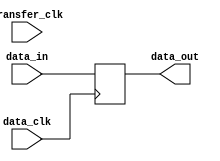
module timing_control_and_sync(
    input wire data_clk,
    input wire transfer_clk,
    input wire [7:0] data_in,
    output reg [7:0] data_out
);

// Synchronization block
always @(posedge data_clk) begin
    // Synchronize data input to transfer clock domain
    data_out <= data_in;
end

// Timing control block
always @(posedge transfer_clk) begin
    // Manage timing of data transfer operations
    // Additional logic can be added here as needed
end

endmodule